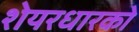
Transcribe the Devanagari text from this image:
शेयरधारको